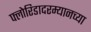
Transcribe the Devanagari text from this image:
फ्लोरिडादरम्यानच्या